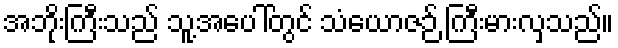
အဘိုးကြီးသည် သူ့အပေါ်တွင် သံယောဇဉ် ကြီးမားလှသည်။